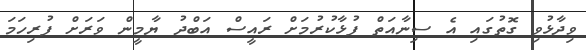
ވިދާޅުވި ގޮތުގައި އެ ސިނާއަތް ފުޅާކުރުމަށް ރައީސް އަބްދު ޔާމީން ވަރަށް ފުރިހަމަ